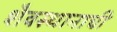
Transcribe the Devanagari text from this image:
शैवस्थानाची